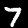
Label: 7